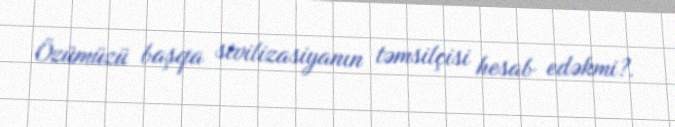
Özümüzü başqa sivilizasiyanın təmsilçisi hesab edəkmi?.